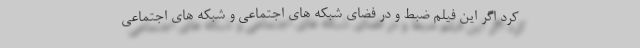
کرد اگر این فیلم ضبط و در فضای شبکه های اجتماعی و شبکه های اجتماعی